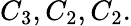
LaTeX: C_{3},C_{2},C_{2}.